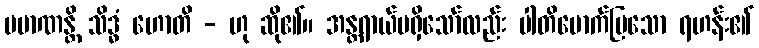
ပမာဏန္တိ သိဒ္ဓံ ဟောတိ - ဟု ဆို၏။ အန္တရာယ်မရှိသော်လည်း ပါတိမောက်ပြသော ရဟန်း၏